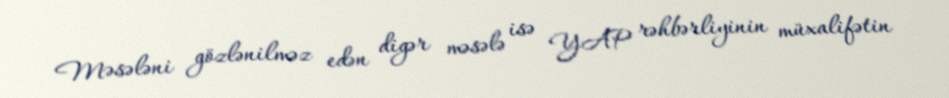
Məsələni gözlənilməz edən digər məsələ isə YAP rəhbərliyinin müxalifətin